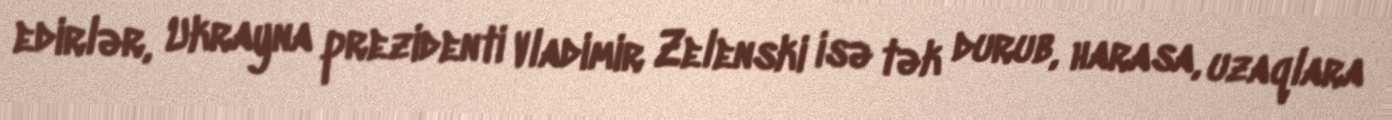
edirlər, Ukrayna prezidenti Vladimir Zelenski isə tək durub, harasa, uzaqlara